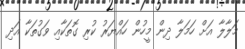
މަލާލާ އަށް ހަމަލާ ދިން މީހުން ހައްޔަރު ކުރި ގޮތަކާއި ވަގުތަކާ އަދި